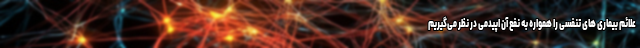
علائم بیماری های تنفسی را همواره به نفع آن اپیدمی در نظر می‌گیریم